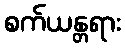
စက်ယန္တရား